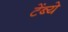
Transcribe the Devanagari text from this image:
टेंब्ये